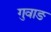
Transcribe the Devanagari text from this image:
गुवाङ